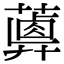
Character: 𦿥